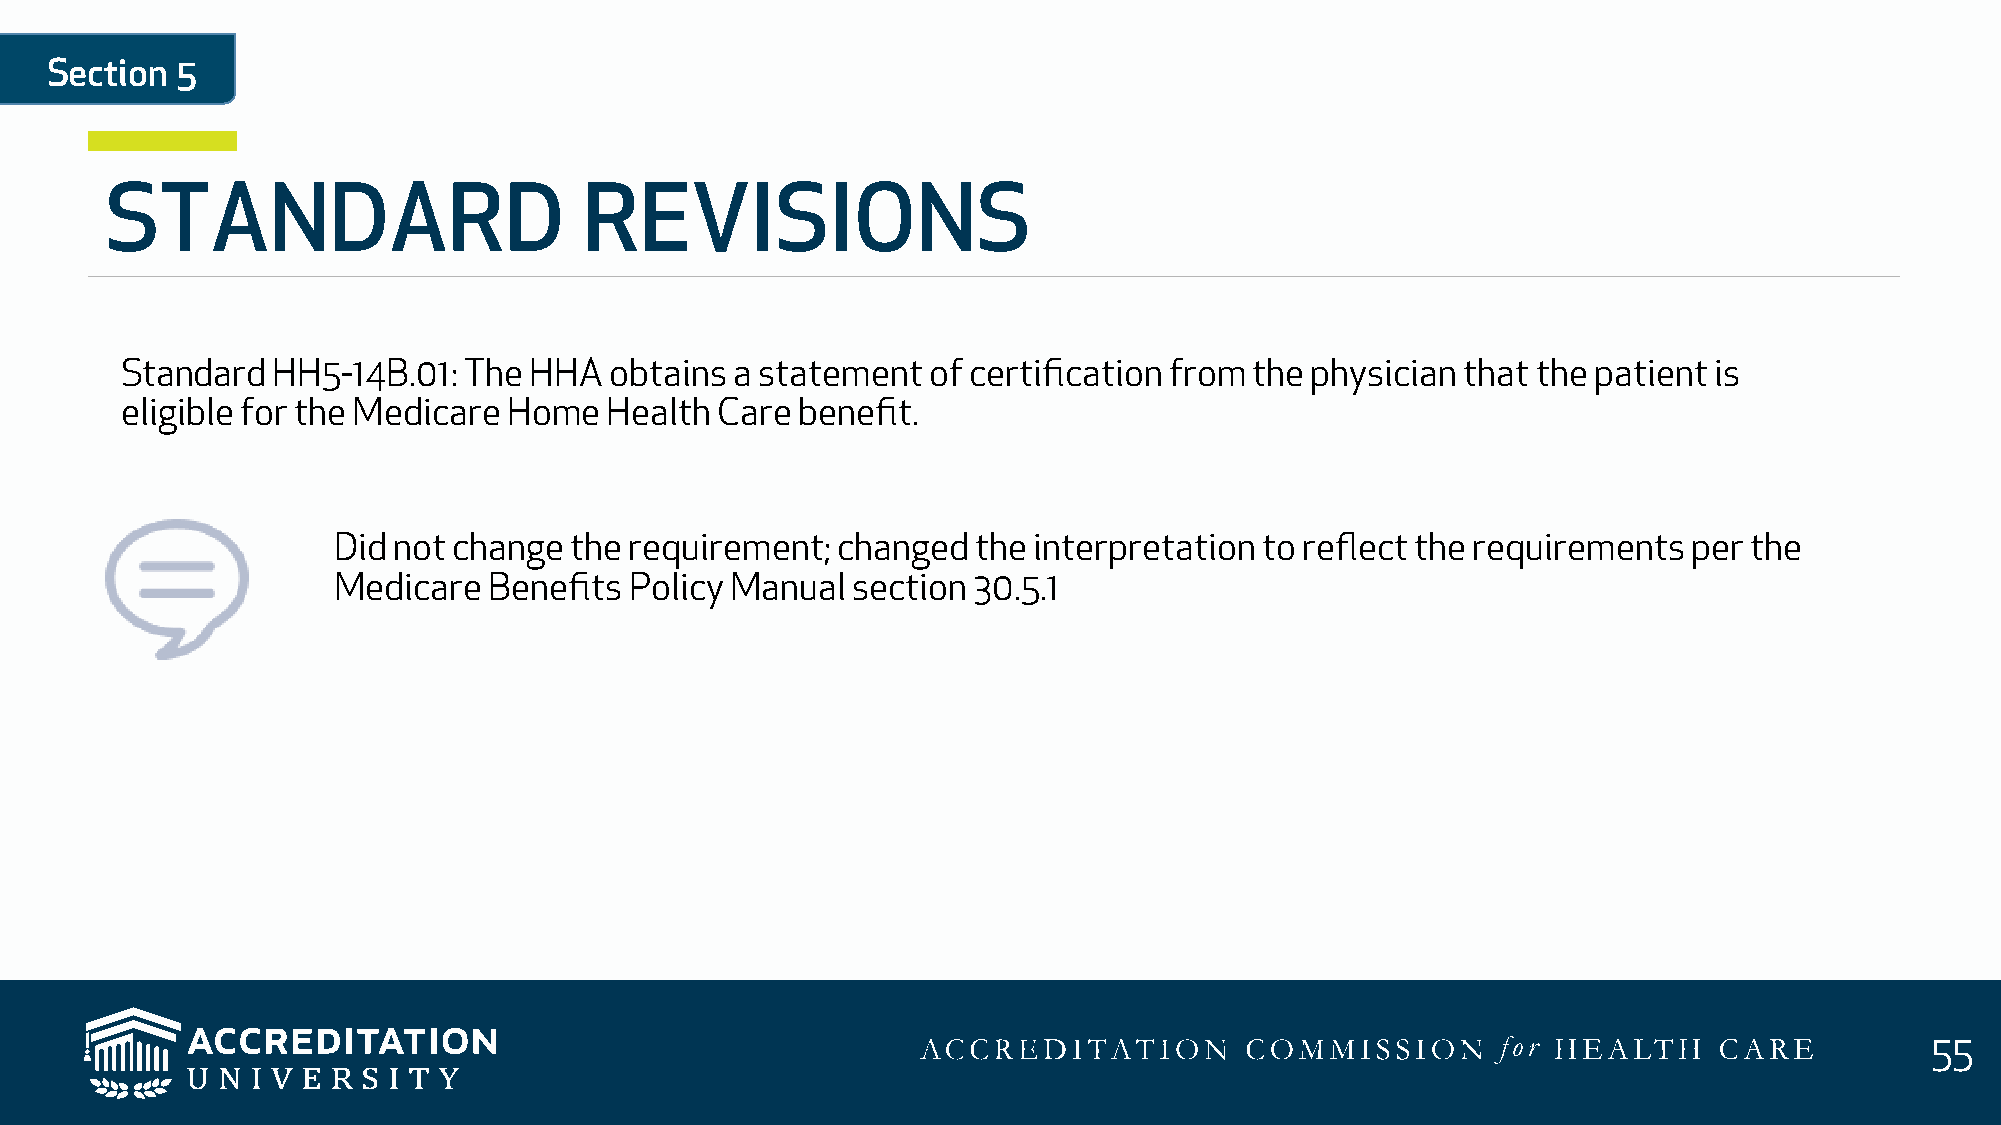
Section  5
 STANDARD                        REVISIONS
 Standard  HH5-14B.01:  The HHA  obtains  a statement of certification from the physician that the patient is
 eligible for the Medicare Home  Health Care  benefit.
 Did not change  the requirement; changed   the interpretation to reflect the requirements per the
 Medicare  Benefits  Policy Manual section 30.5.1
 55